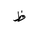
Letter: _za